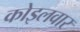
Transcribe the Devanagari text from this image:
कोइलवार